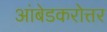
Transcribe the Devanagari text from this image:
आंबेडकरोत्तर